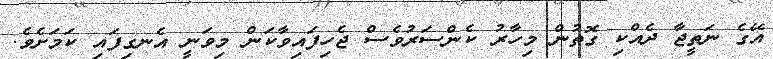
އޭގެ ނަތީޖާ ދެއްކި ގޮތުން މިހާރު ކެންސަރުވެސް ޖެހިފައިވާކަން މިވަނީ އެނގިފައި ކަމަށެވެ.